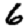
Digit: 6